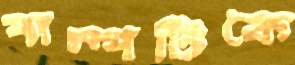
পাম্পটিকে